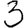
Digit: 3